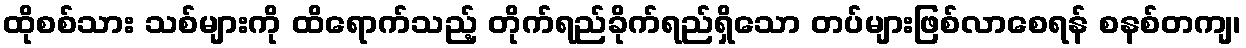
ထိုစစ်သား သစ်များကို ထိရောက်သည့် တိုက်ရည်ခိုက်ရည်ရှိသော တပ်များဖြစ်လာစေရန် စနစ်တကျ၊